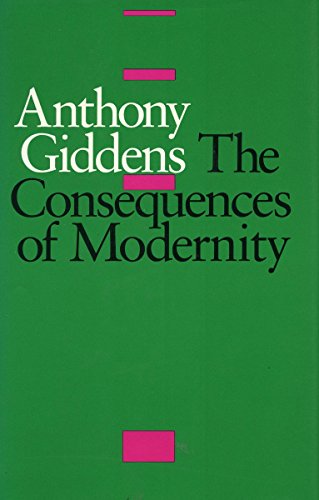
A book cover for The Consequences of Modernity; Anthony Giddens; Politics & Social Sciences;